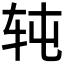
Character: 𰹸